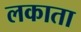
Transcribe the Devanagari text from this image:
लकाता